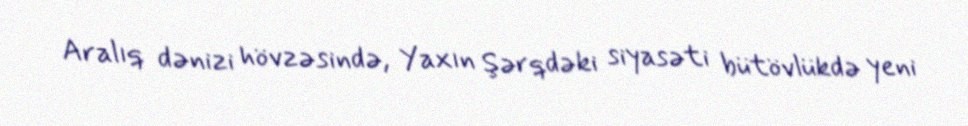
Aralıq dənizi hövzəsində, Yaxın Şərqdəki siyasəti bütövlükdə yeni